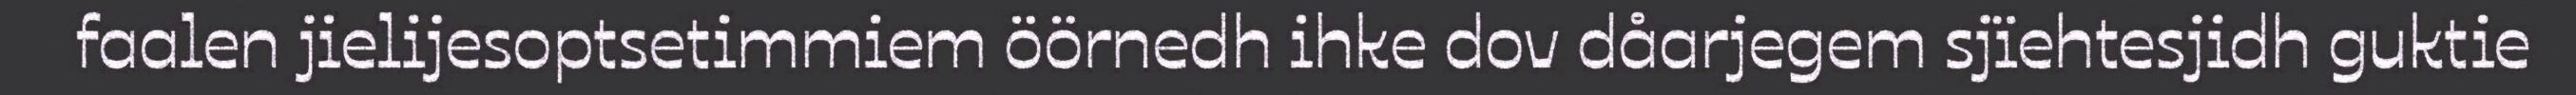
faalen jielijesoptsetimmiem öörnedh ihke dov dåarjegem sjïehtesjidh guktie